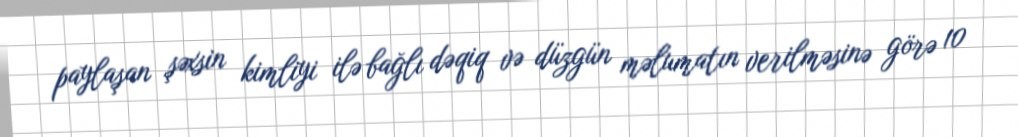
paylaşan şəxsin kimliyi ilə bağlı dəqiq və düzgün məlumatın verilməsinə görə 10